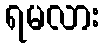
ရမလား